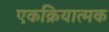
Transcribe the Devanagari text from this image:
एकक्रियात्मक